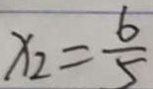
x _ { 2 } = \frac { 6 } { 5 }